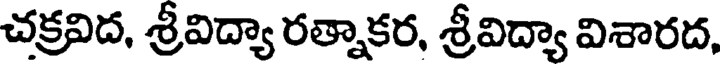
చక్రవిద, శ్రీవిద్యా రత్నాకర, శ్రీవిద్యా విశారద,